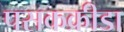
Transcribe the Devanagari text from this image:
पसकक्रीडा